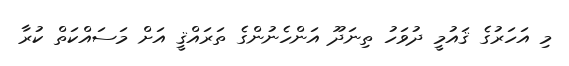
މި އަހަރުގެ ޤައުމީ ދުވަހު ތިނަދޫ އަންހެނުންގެ ތަރައްޤީ އަށް މަސައްކަތް ކުރާ